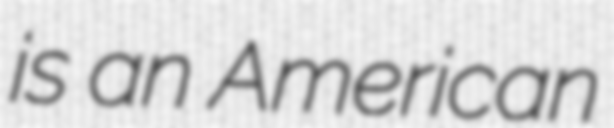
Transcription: is an American